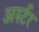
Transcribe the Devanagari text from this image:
अर्स्टर